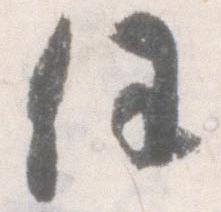
任